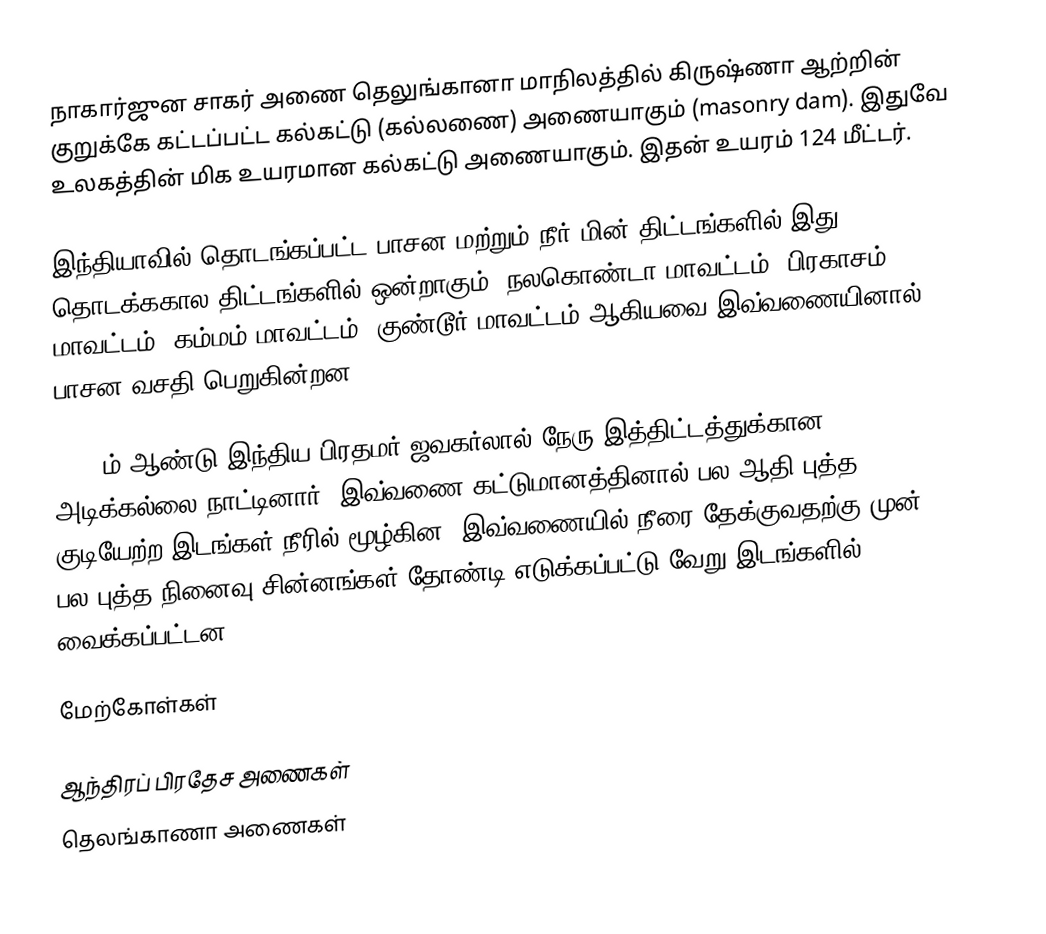
நாகார்ஜுன சாகர் அணை தெலுங்கானா மாநிலத்தில் கிருஷ்ணா ஆற்றின் குறுக்கே கட்டப்பட்ட கல்கட்டு (கல்லணை) அணையாகும் (masonry dam). இதுவே உலகத்தின் மிக உயரமான கல்கட்டு அணையாகும். இதன் உயரம் 124 மீட்டர்.

இந்தியாவில் தொடங்கப்பட்ட பாசன மற்றும் நீர் மின் திட்டங்களில் இது தொடக்ககால திட்டங்களில் ஒன்றாகும். நலகொண்டா மாவட்டம், பிரகாசம் மாவட்டம், கம்மம் மாவட்டம், குண்டூர் மாவட்டம் ஆகியவை இவ்வணையினால் பாசன வசதி பெறுகின்றன.

1955 ம் ஆண்டு இந்திய பிரதமர் ஜவகர்லால் நேரு இத்திட்டத்துக்கான அடிக்கல்லை நாட்டினார். இவ்வணை கட்டுமானத்தினால் பல ஆதி புத்த குடியேற்ற இடங்கள் நீரில் மூழ்கின. இவ்வணையில் நீரை தேக்குவதற்கு முன் பல புத்த நினைவு சின்னங்கள் தோண்டி எடுக்கப்பட்டு வேறு இடங்களில் வைக்கப்பட்டன.

மேற்கோள்கள்

ஆந்திரப் பிரதேச அணைகள்
தெலங்காணா அணைகள்